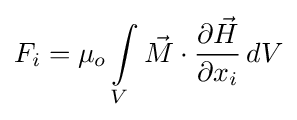
F_{i}=\mu _{o}\int \limits _{V}{{\vec {M}}\cdot {\frac {\partial {\vec {H}}}{\partial x_{i}}}\,dV}\,\!